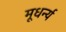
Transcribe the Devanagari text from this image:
मूधर्न्य